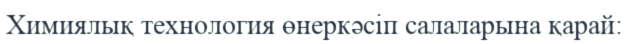
Химиялық технология өнеркәсіп салаларына қарай: